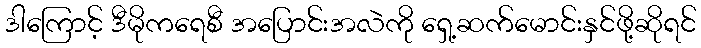
ဒါကြောင့် ဒီမိုကရေစီ အပြောင်းအလဲကို ရှေ့ဆက်မောင်းနှင်ဖို့ဆိုရင်